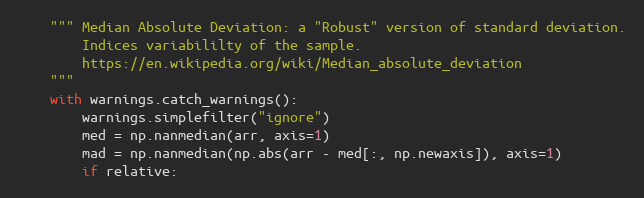
Language: Python
    """ Median Absolute Deviation: a "Robust" version of standard deviation.
        Indices variabililty of the sample.
        https://en.wikipedia.org/wiki/Median_absolute_deviation
    """
    with warnings.catch_warnings():
        warnings.simplefilter("ignore")
        med = np.nanmedian(arr, axis=1)
        mad = np.nanmedian(np.abs(arr - med[:, np.newaxis]), axis=1)
        if relative: